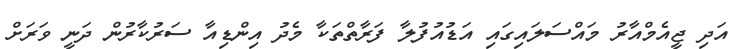
އަދި ޖީއެމްއާރު މައްސަލައިގައި އަޑުއުފުލާ ފަރާތްތަކާ މެދު އިންޑިއާ ސަރުކާރުން ދަނީ ވަރަށް